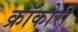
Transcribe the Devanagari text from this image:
क्रॉकोरी